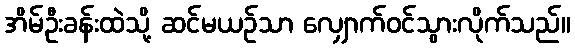
အိမ်ဦးခန်းထဲသို့ ဆင်မယဉ်သာ လျှောက်ဝင်သွားလိုက်သည်။